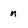
Character: n